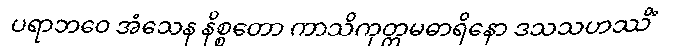
ပရာဘဝေ အံသေန နိစ္စတော ကာသိကုတ္တမဓာရိနော ဒသသဟဿိံ